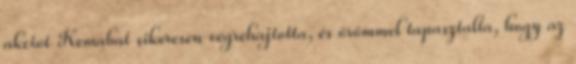
akciót Kemabat sikeresen végrehajtotta, és örömmel tapasztalta, hogy az